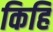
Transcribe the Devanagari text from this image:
किहि